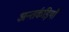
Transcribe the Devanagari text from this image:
अन्तर्कड़ियाँ